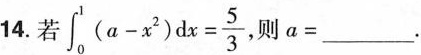
14.若$$\int _ { 0 } ^ { 1 } ( a - x ^ { 2 } ) d x = \frac { 5 } { 3 }$$则$$a = ___$$.